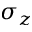
\sigma _ { z }